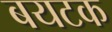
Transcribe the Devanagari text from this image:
बयटक